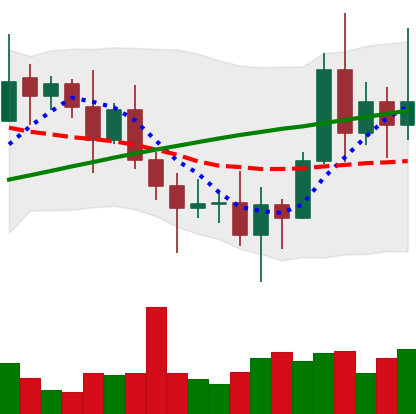
Ticker: XRP-USD
Chart end date: 2020-11-10
Forward return: 6.195%
Label: up_5_7